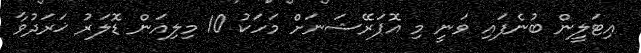
އިޓަލީން ބުނެފައި ވަނީ މި އޮޕަރޭޝަނަށް މަަހަކު 10 މިލިއަން ޑޮލަރު ޚަރަދުވާ